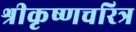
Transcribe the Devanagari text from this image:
श्रीकृष्णचरित्र